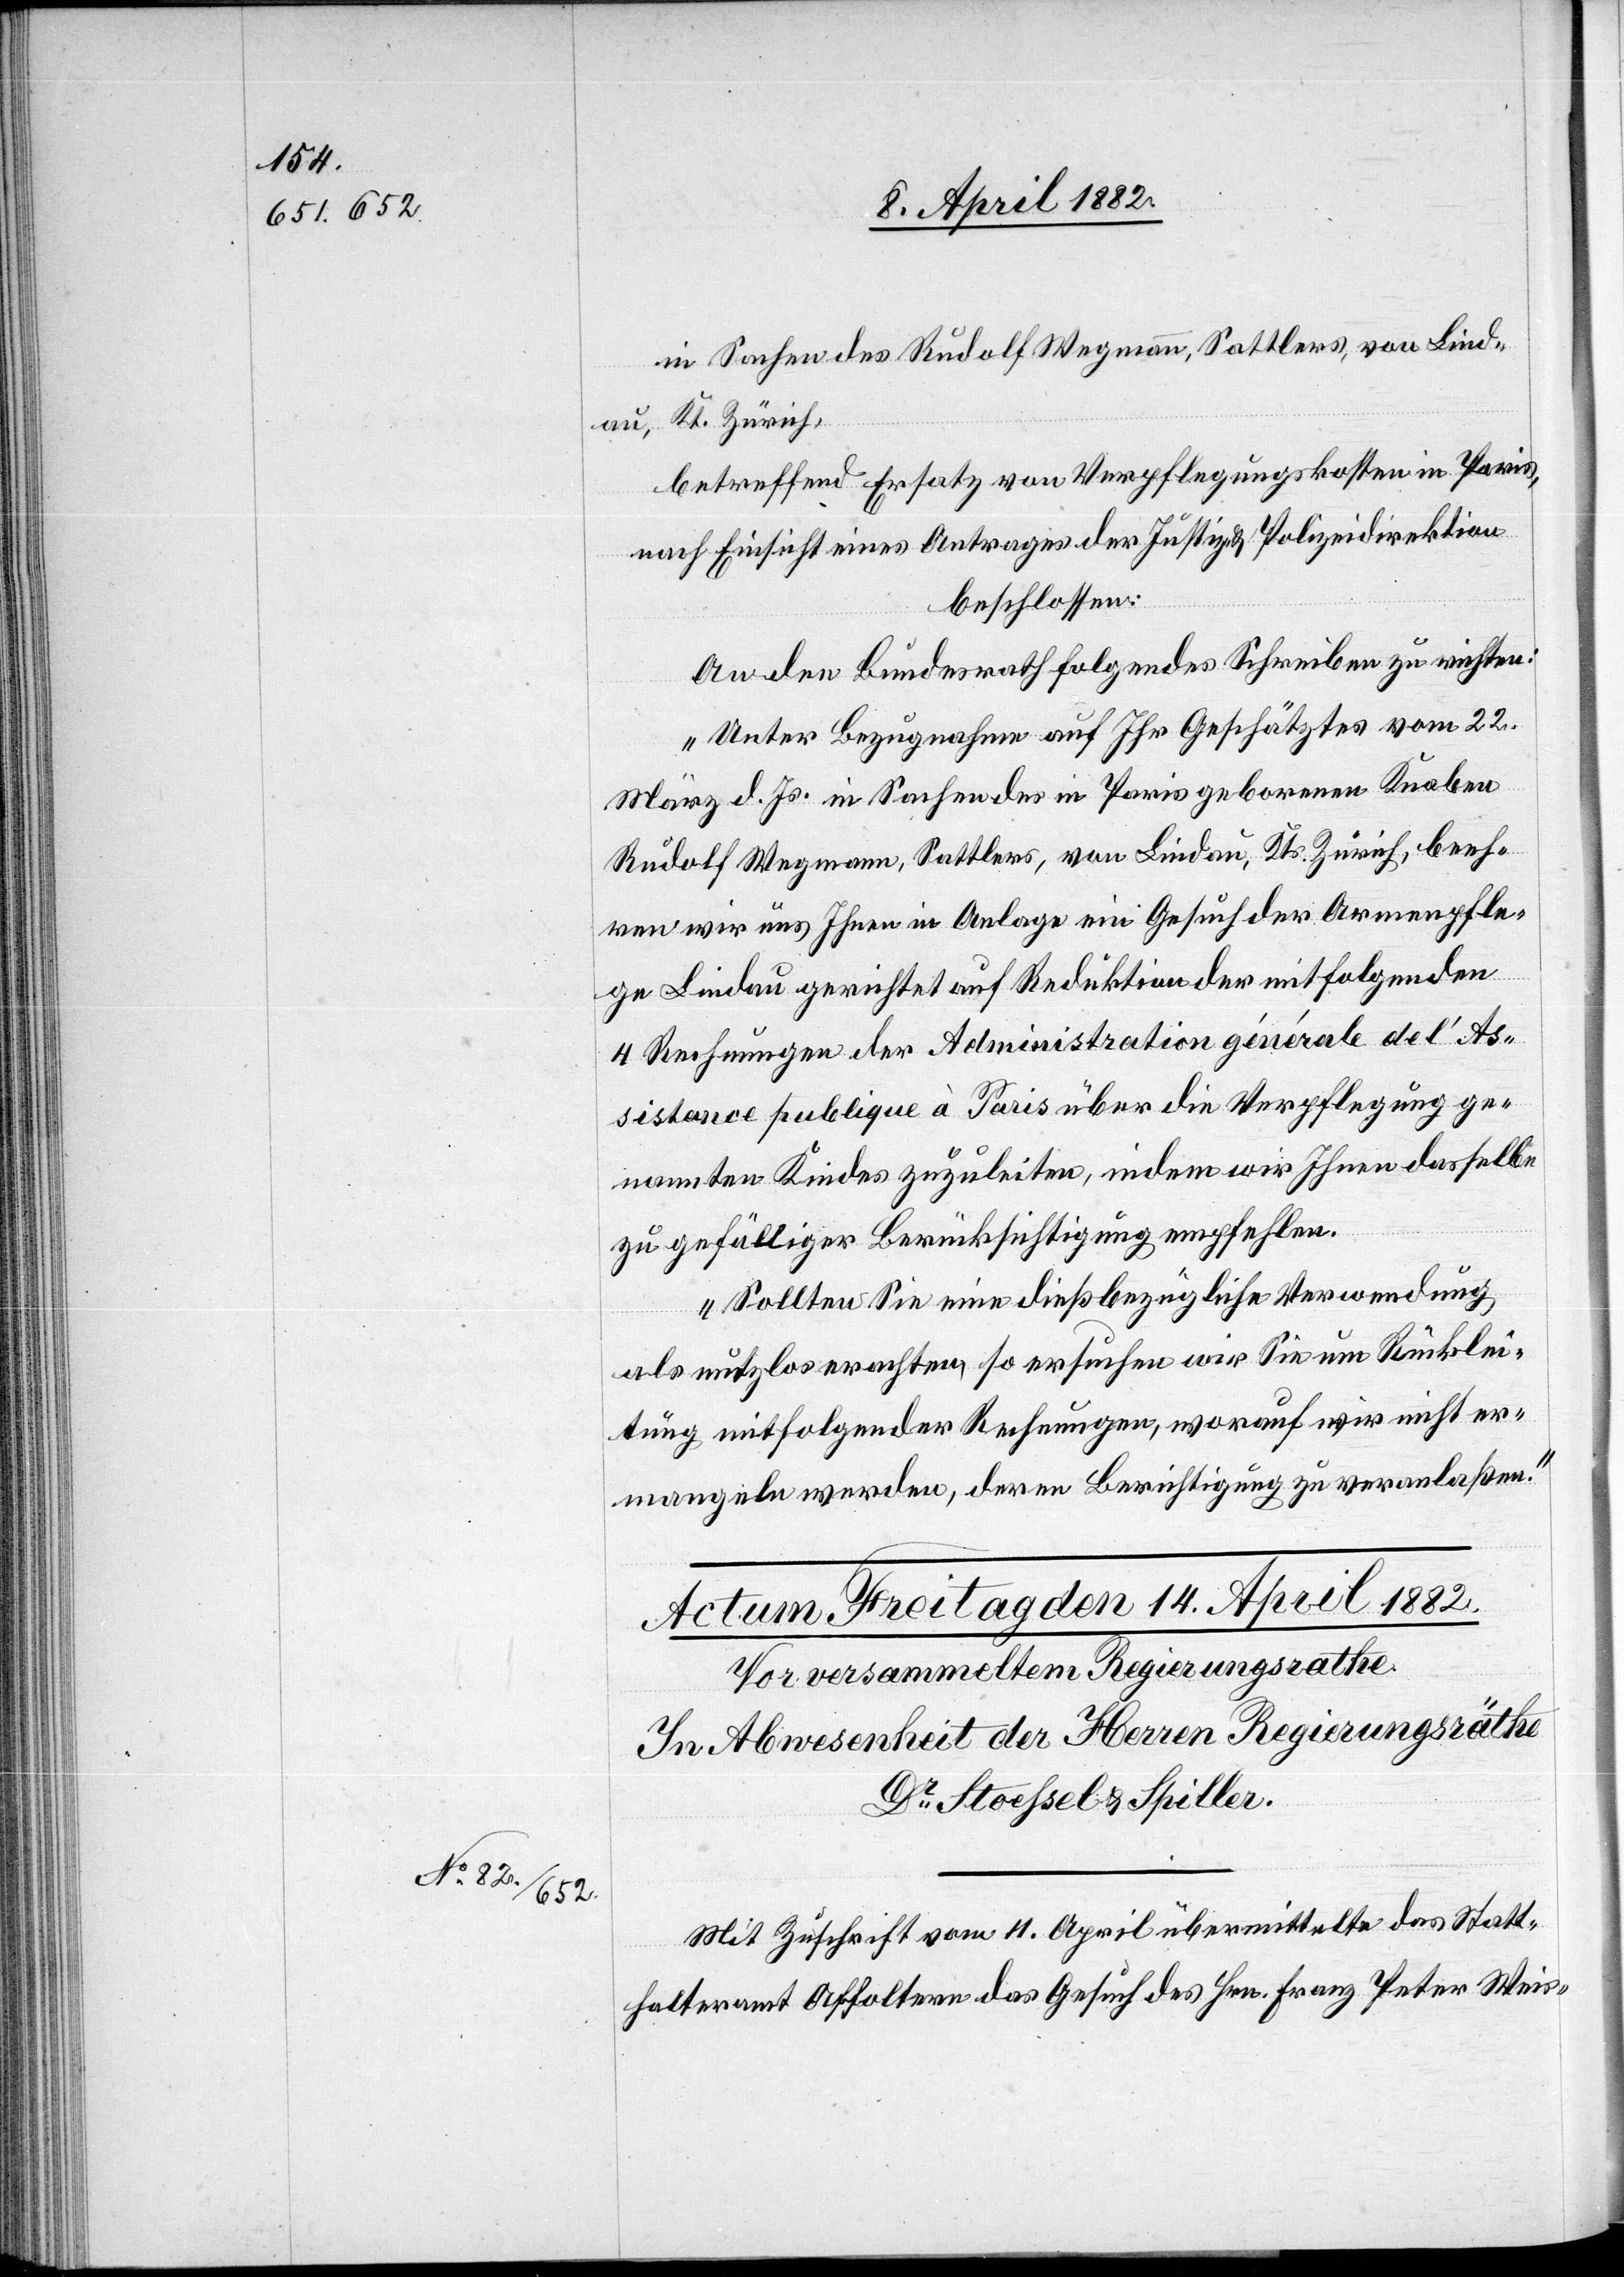
in Sachen des Rudolf Wegmann, Sattlers, von Lind¬
au, Kt. Zürich,
betreffend Ersatz von Verpflegungskosten in Paris,
nach Einsicht eines Antrages der Justiz- & Polizeidirektion
beschlossen:
An den Bundesrath folgendes Schreiben zu richten:
„Unter Bezugnahme auf Ihr Geschätztes vom 22.
März d. Js. in Sachen des in Paris geborenen Knaben
Rudolf Wegmann, Sattlers, von Lindau, Kts. Zürich, beeh¬
ren wir uns Ihnen in Anlage ein Gesuch der Armenpfle¬
ge Lindau gerichtet auf Reduktion der mit folgenden
4 Rechnungen der Administration générale de l’As¬
sistance publique à Paris über die Verpflegung ge¬
nannten Kindes zuzuleiten, indem wir Ihnen dasselbe
zu gefälliger Berücksichtigung empfehlen.
Sollten Sie eine dießbezügliche Verwendung
als nutzlos erachten, so ersuchen wir Sie um Rücklei¬
tung mitfolgender Rechnungen, worauf wir nicht er¬
mangeln werden, deren Berichtigung zu veranlaßen.“
Mit Zuschrift vom 11. April übermittelte das Statt¬
halteramt Affoltern das Gesuch des Hrn. Franz Peter Weis-